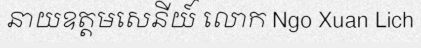
នាយឧត្តមសេនីយ៍ លោក Ngo Xuan Lich